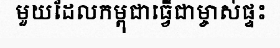
មួយដែលកម្ពុជាធ្វើជាម្ចាស់ផ្ទះ